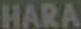
HARA